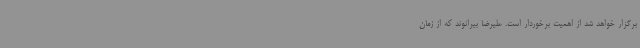
برگزار خواهد شد از اهمیت برخوردار است. علیرضا بیرانوند که از زمان